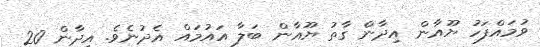
ވުމައްފަހު ޔޫއާން އިދާން ގާތު ޔޫއާން ބަލާ އައުމައް އެދުނެވެ. އިދާން 20